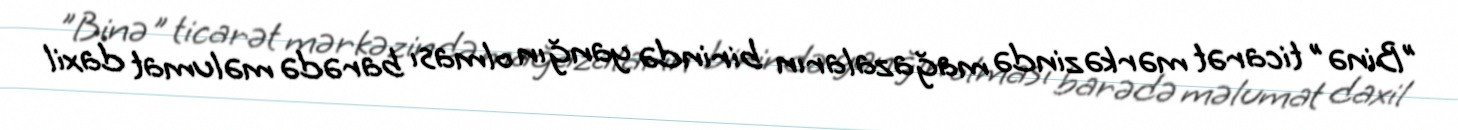
"Binə" ticarət mərkəzində mağazaların birində yanğın olması barədə məlumat daxil